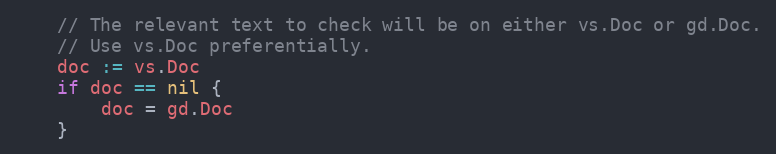
Language: Go
	// The relevant text to check will be on either vs.Doc or gd.Doc.
	// Use vs.Doc preferentially.
	doc := vs.Doc
	if doc == nil {
		doc = gd.Doc
	}